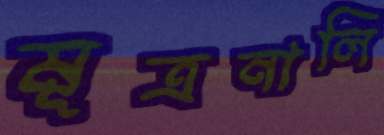
মূত্রনালি